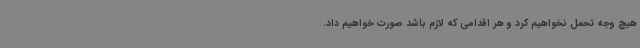
هیچ وجه تحمل نخواهیم کرد و هر اقدامی که لازم باشد صورت خواهیم داد.